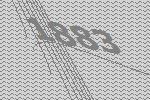
1883